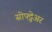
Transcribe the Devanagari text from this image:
सोफ्ट्वेअर